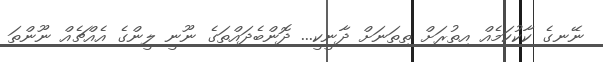
ނޭނގެ ކާކުކަމެއް އިތުރަށް ތިތަނަށް ދާނީކީ... ދޮންބެދައްތަގެ ނޫނީ ލީންގެ އެއްޗެއް ނޫންތަ